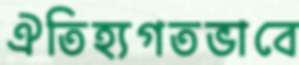
ঐতিহ্যগতভাবে